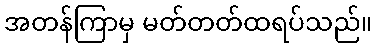
အတန်ကြာမှ မတ်တတ်ထရပ်သည်။